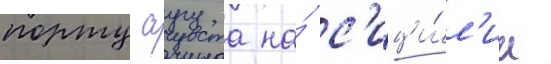
порту аугуста на́ с'ици́л'ии